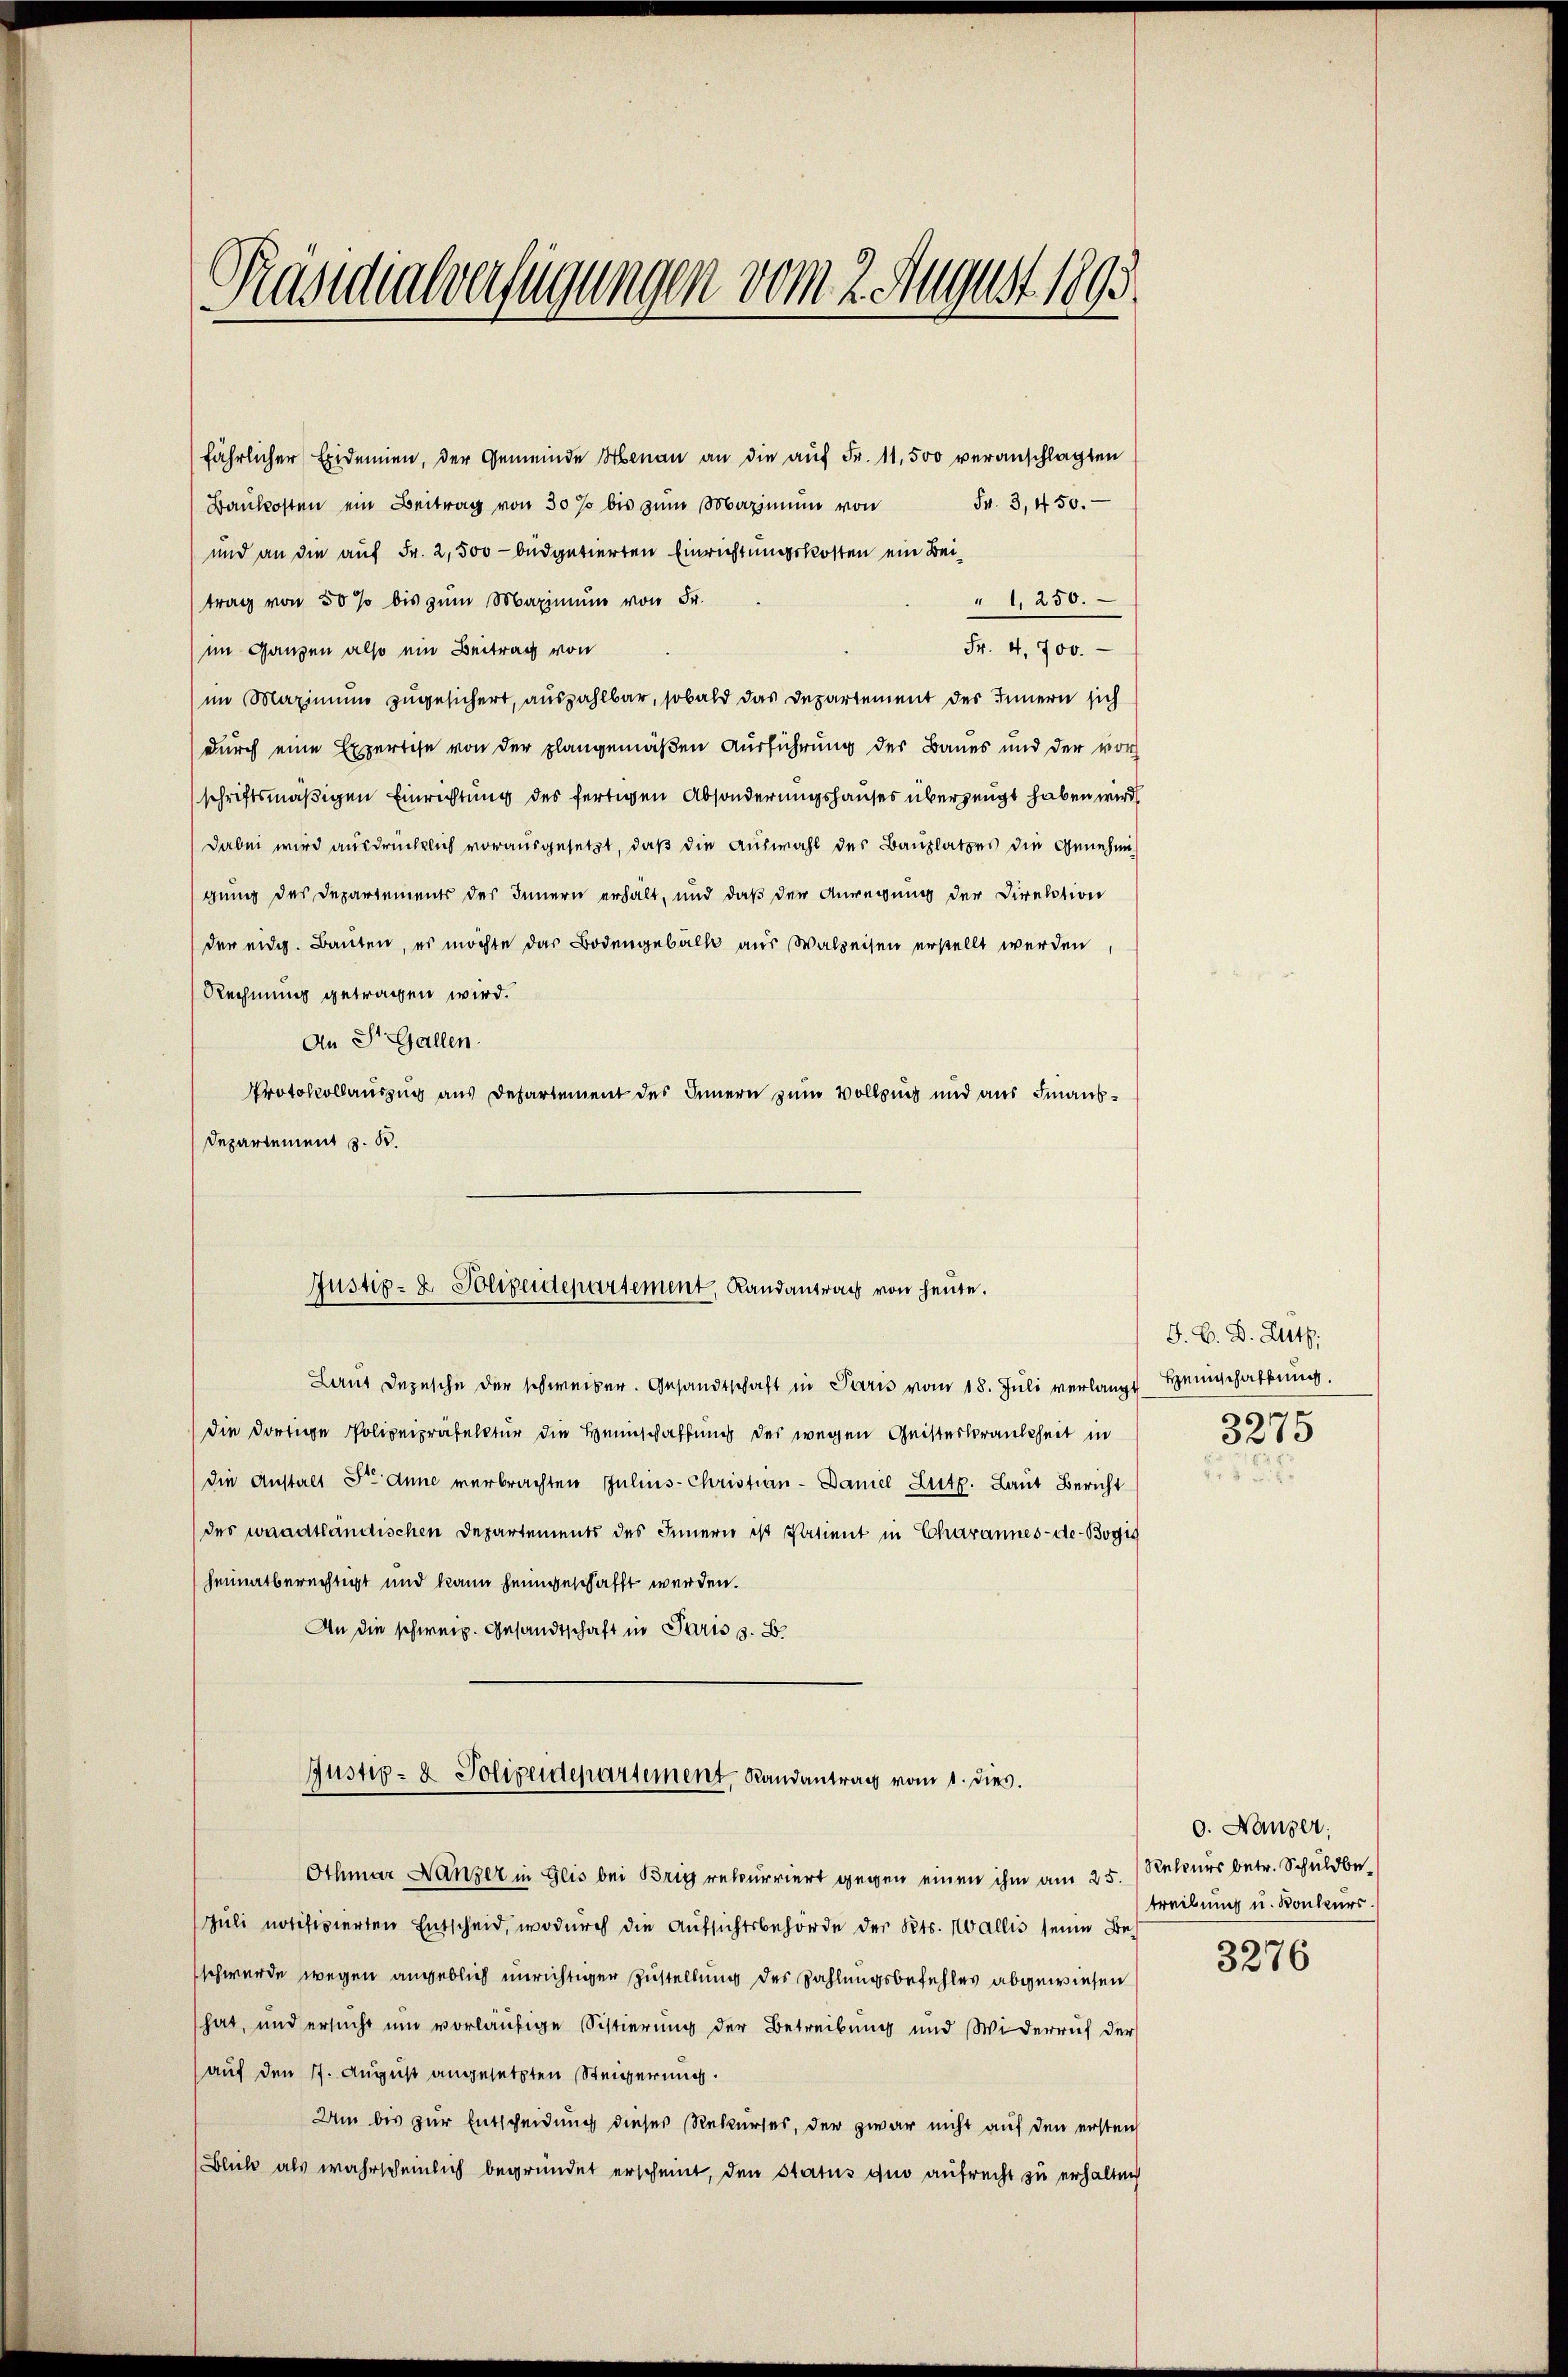
Präsidialverfügungen vom 2. August 1895.

fährlicher Exidemien, der Gemeinde Menau an die auf Fr. 11,500 veranschlagten
Baukosten ein Beitrag von 30 % bis zŭm Maximum von Fr. 3450.
und an die auf Fr. 2,500 - budputierten Einrichtungskosten ein Bei¬
" 1, 250.
trag von 50 % bis zum Maximum von Fr.
Fr. 4, 700.
im Ganzen also ein Beitrag von
im Maximum zugesichert, auszahlbar, sobald das Departement des Innern sich
durch eine Expertise von der plangemäßen Ausführung des Baues und der vor
schriftsmäßigen Einrichtung des fertigen Absonderungshauses überzeugt haben wird,
dabei wird ausdrücklich vorausgesetzt, daß die Auswahl des Bauplatzes die Genehmigung des Departements des Innern erhält, und daß der Anregung der Direktion
der eidg. Bauten, es möchte das Bodengebälle aus Walpeisen erstellt werden
Rechnung getragen wird.
An St. Gallen.
Protokollauszug aus Departement des Innern zum Vollzung und aus Finaus¬
Departement z. B.
Laut Depesche der schweiber. Gesandtschaft in Paris vom 18. Juli verlangt Heimschaftung.
die dortige Polizeipräfectur die Heimschaffung des wegen Geisteskrankheit in
die Anstalt die Anne verbrachten Julius-Christian - Daniel Zutz. Laut Bericht
des waadtländischen Departements des Innern ist Patient in Charannes-de-Bogis
heimatberechtigt und kann heimgeschafft werden.
An die schweiz. Gesandtschaft in Paris s. B
Justiz- & Polizeidepartement, Randantrag vom 1. dies.
Othmar Nänzer in Geis bei Brig rekurriert gegen einen ihm am 25. Rekurs betr. Schuldbe
Juli notifizierten Entscheid, wodurch die Aufsichtsbehörde des Kts. Wallis seine Beschwerde wegen angeblich unrichtiger Zustellung des Zahlungsbefehles abgewiesen
hat, und ersucht um vorläufige Sistierung der Betreibung und Widerruf der
auf den 7. August angesetzten Steigerung.
Um bis zur Entscheidung dieses Rekurses, der zwar nicht auf den ersten
Blick als wahrscheinlich begründet erscheint, den Status quo aufrecht zu erhalten

Justiz- & Polizeidepartement, Landantrag von heute.

J. V. D. Zt.
3275

0. Hauser,
treibung u. Konkurs.

3276